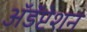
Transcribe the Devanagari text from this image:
अॅडॅप्टेशन